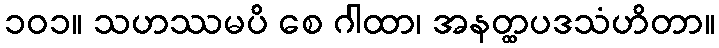
၁၀၁။ သဟဿမပိ စေ ဂါထာ၊ အနတ္ထပဒသံဟိတာ။